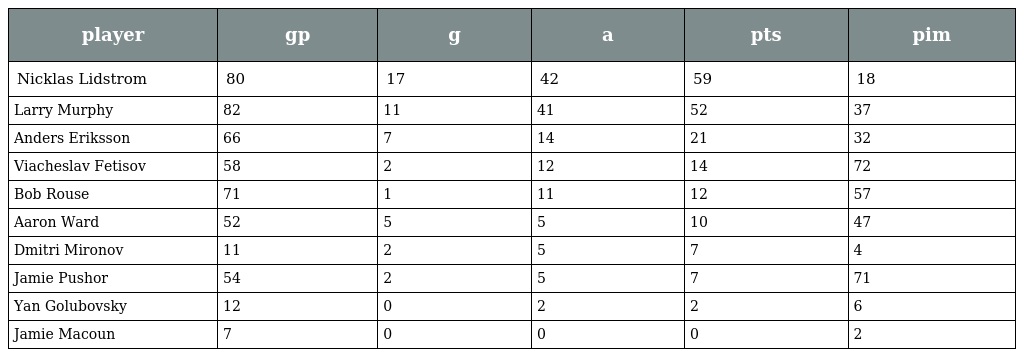
| player | gp | g | a | pts | pim |
 | --- | --- | --- | --- | --- | --- |
 | Nicklas Lidstrom | 80 | 17 | 42 | 59 | 18 |
 | Larry Murphy | 82 | 11 | 41 | 52 | 37 |
 | Anders Eriksson | 66 | 7 | 14 | 21 | 32 |
 | Viacheslav Fetisov | 58 | 2 | 12 | 14 | 72 |
 | Bob Rouse | 71 | 1 | 11 | 12 | 57 |
 | Aaron Ward | 52 | 5 | 5 | 10 | 47 |
 | Dmitri Mironov | 11 | 2 | 5 | 7 | 4 |
 | Jamie Pushor | 54 | 2 | 5 | 7 | 71 |
 | Yan Golubovsky | 12 | 0 | 2 | 2 | 6 |
 | Jamie Macoun | 7 | 0 | 0 | 0 | 2 |